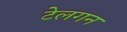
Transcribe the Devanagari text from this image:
टेलगन